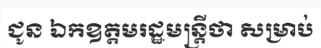
ជូន ឯកឧត្តមរដ្ឋមន្ត្រីថា សម្រាប់